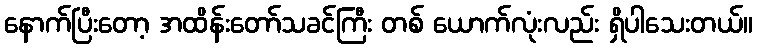
နောက်ပြီးတော့ အထိန်းတော်သခင်ကြီး တစ် ယောက်လုံးလည်း ရှိပါသေးတယ်။